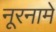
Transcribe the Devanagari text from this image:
नूरनामे